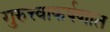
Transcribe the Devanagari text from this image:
गुरुत्त्वाकर्षणात